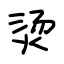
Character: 烫